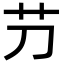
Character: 芀